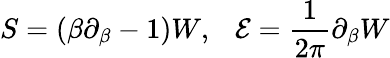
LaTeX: S=(\beta\partial_{\beta}-1)W,~~~\mathcal{E}={\frac{{1}}{{2\pi}}}\partial_{\beta}W